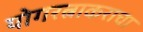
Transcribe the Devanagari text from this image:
योगरत्नाकराचा